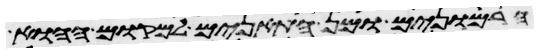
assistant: הרמונים ומן התאנים למקום ההוא